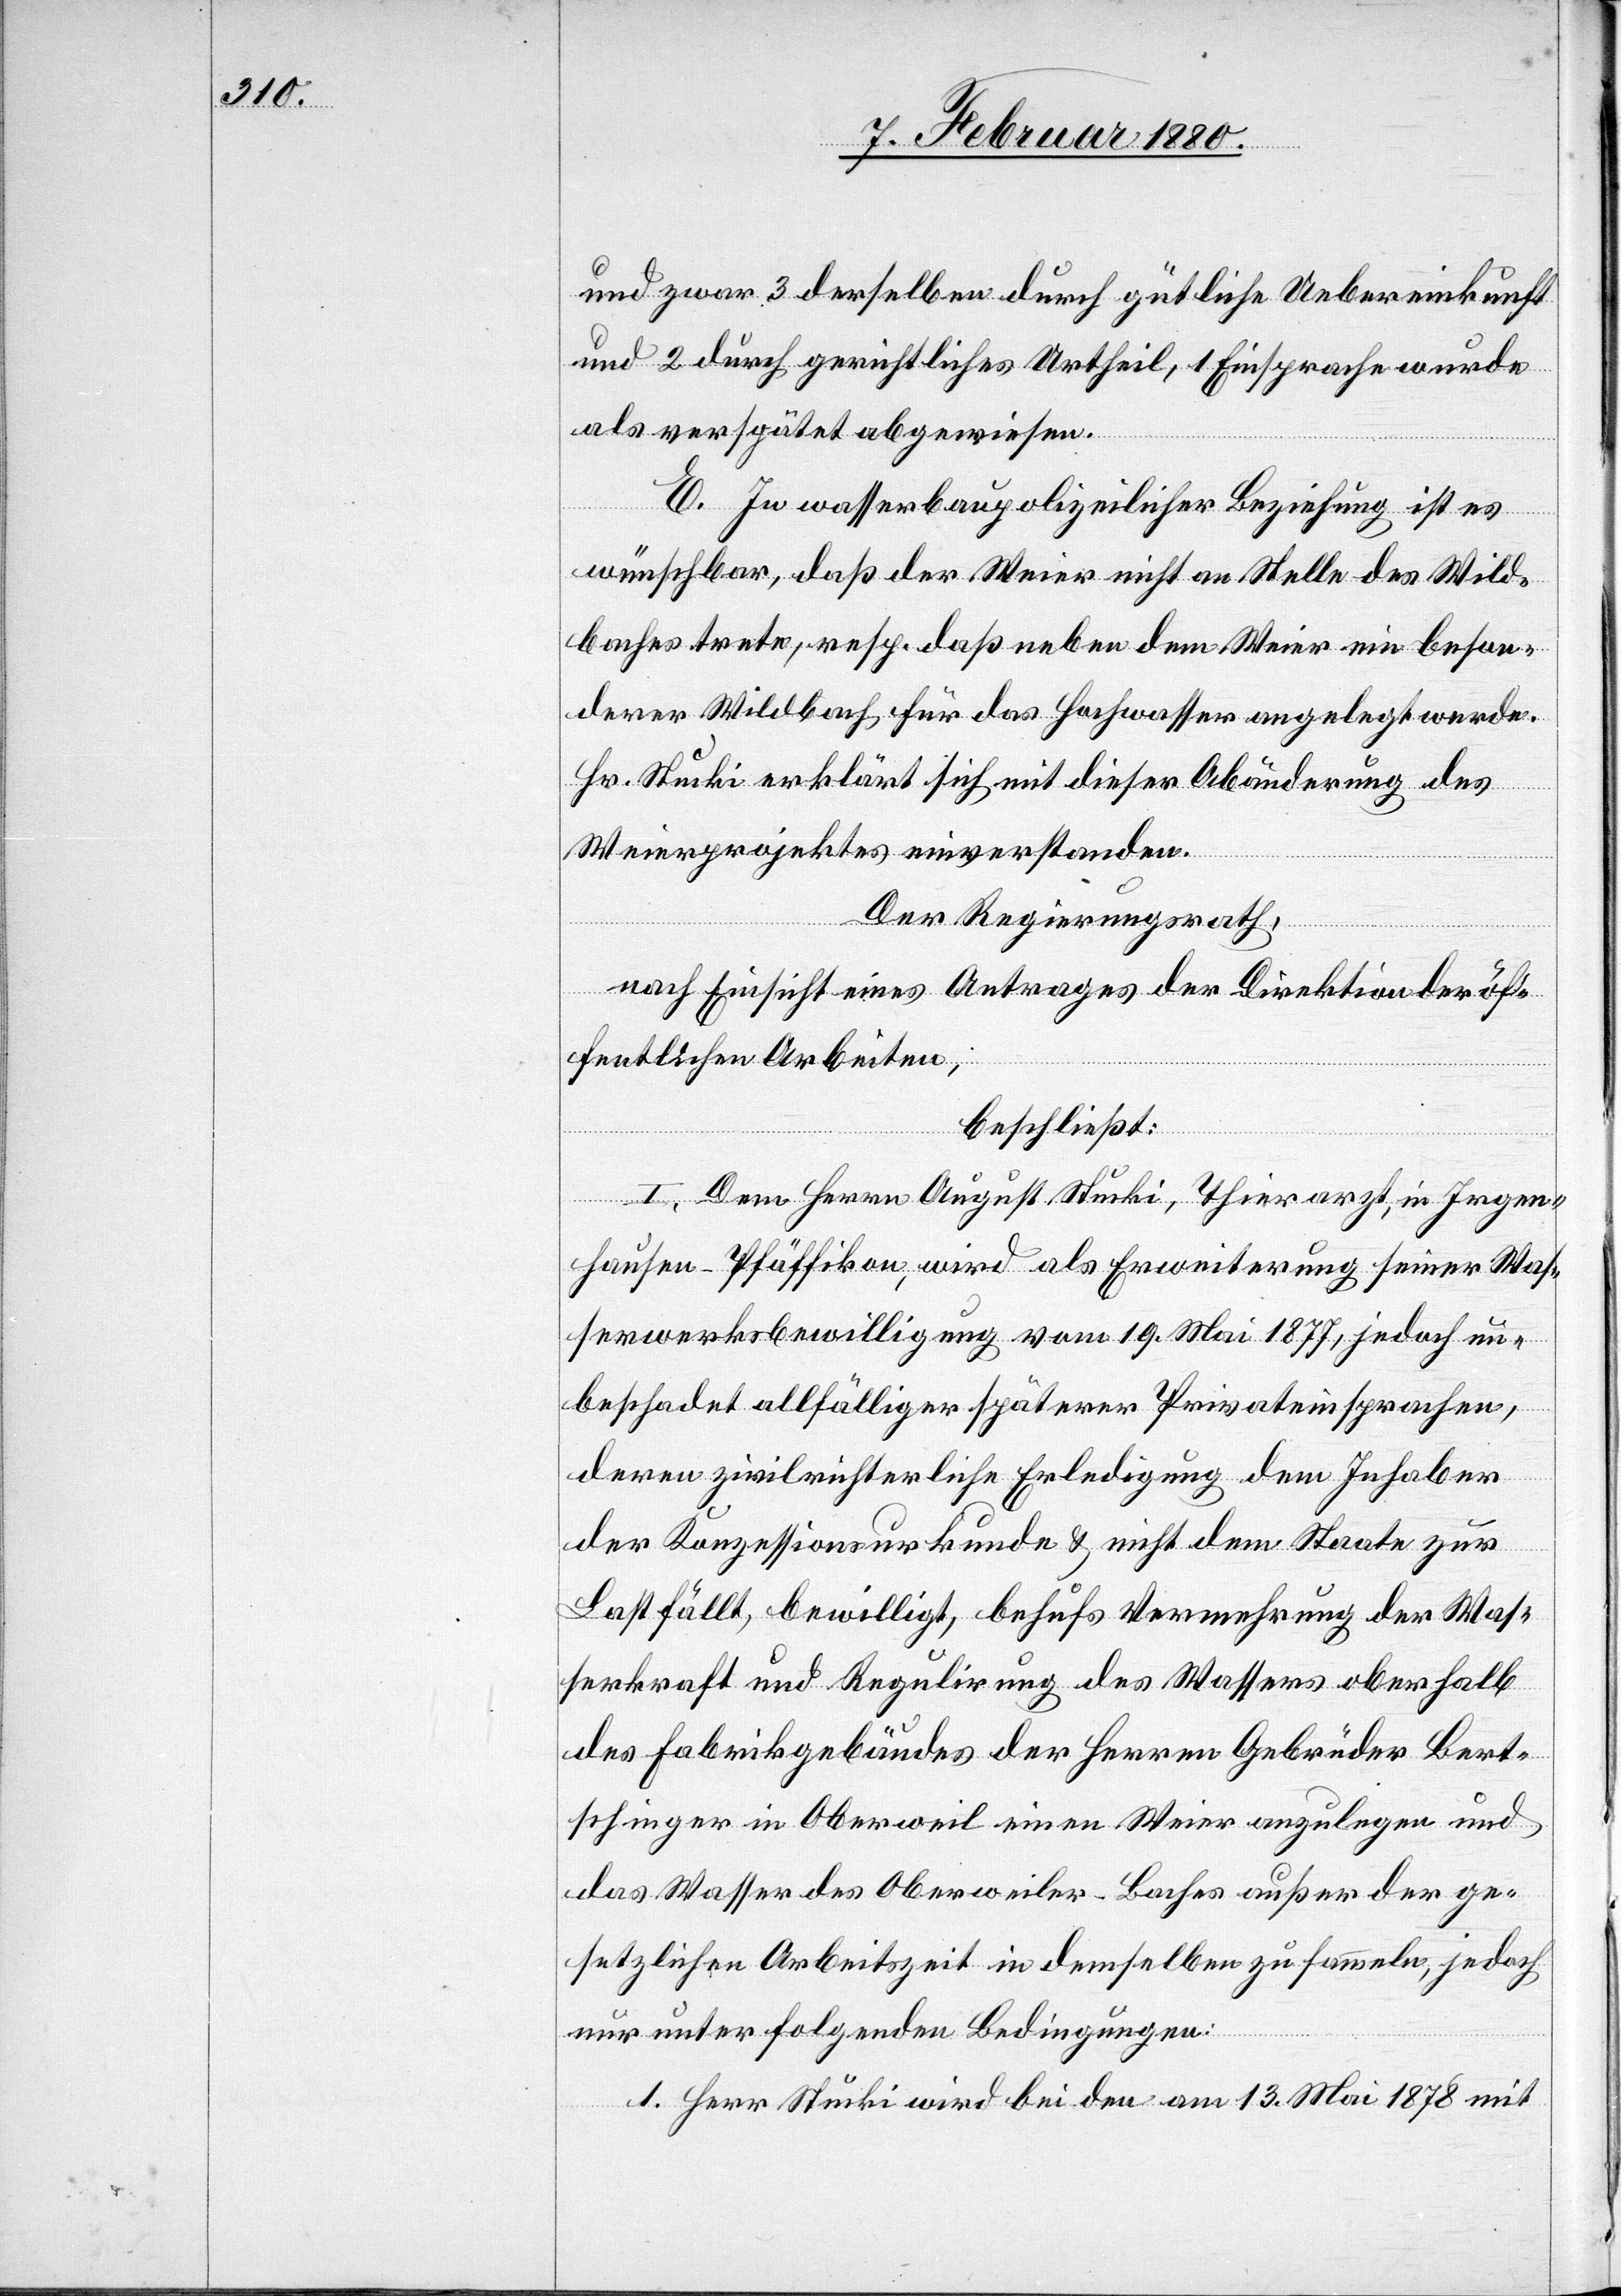
und zwar 3 derselben durch gütliche Uebereinkunft
und 2 durch gerichtliches Urtheil, 1 Einsprache wurde
als verspätet abgewiesen.
E. In wasserbaupolizeilicher Beziehung ist es
wünschbar, daß der Weier nicht an Stelle des Wild¬
baches trete, resp. daß neben dem Weier ein beson¬
derer Wildbach für das Hochwasser angelegt werde.
Hr. Stucki erklärt sich mit dieser Abänderung des
Weierprojektes einverstanden.
Der Regierungsrath,
nach Einsicht eines Antrages der Direktion der öf¬
fentlichen Arbeiten,
beschließt:
I. Dem Herrn August Stucki, Thierarzt, in Irgen¬
hausen - Pfäffikon, wird als Erweiterung seiner Was¬
serwerksbewilligung vom 19. Mai 1877, jedoch un¬
beschadet allfälliger späterer Privateinsprachen,
deren zivilrichterliche Erledigung dem Inhaber
der Konzessionsurkunde & nicht dem Staate zur
Last fällt, bewilligt, behufs Vermehrung der Was¬
serkraft und Regulirung des Wassers oberhalb
des Fabrikgebäudes der Herren Gebrüder Bert¬
schinger in Oberweil einen Weier anzulegen und
das Wasser des Oberweiler-Baches außer der ge¬
setzlichen Arbeitszeit in demselben zu sammeln, jedoch
nur unter folgenden Bedingungen:
1. Herr Stucki wird bei den am 13. Mai 1878 mit